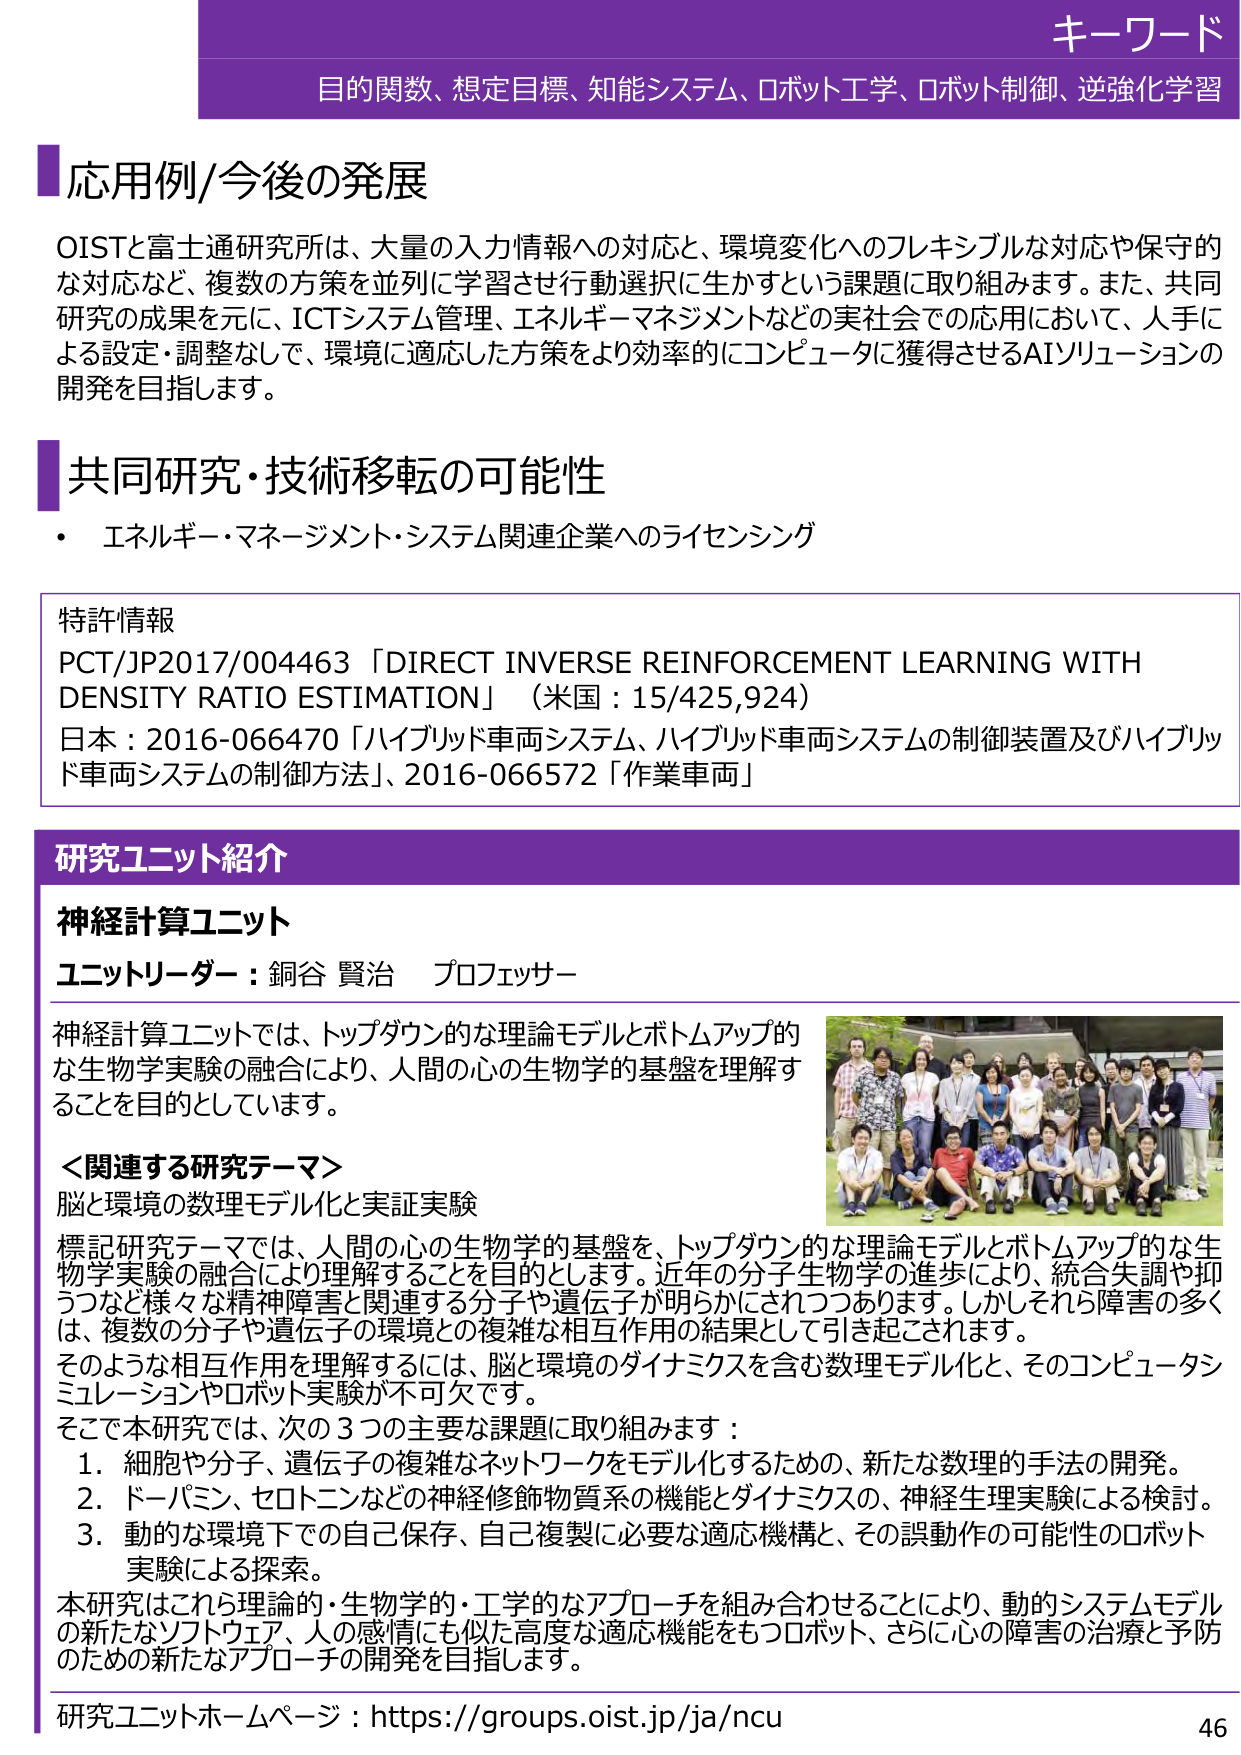
キーワード
目的関数、想定目標、知能システム、ロボット工学、ロボット制御、逆強化学習

応用例/今後の発展
OISTと富士通研究所は、大量の入力情報への対応と、環境変化へのフレキシブルな対応や保守的な対応など、複数の方策を並列に学習させ行動選択に生かすという課題に取り組みます。また、共同研究の成果を元に、ICTシステム管理、エネルギーマネジメントなどの実社会での応用において、人手による設定・調整なしで、環境に適応した方策をより効率的にコンピュータに獲得させるAIソリューションの開発を目指します。

共同研究・技術移転の可能性
・ エネルギー・マネジメント・システム関連企業へのライセンシング

特許情報
PCT/JP2017/004463 「DIRECT INVERSE REINFORCEMENT LEARNING WITH DENSITY RATIO ESTIMATION」（米国：15/425,924）
日本：2016-066470 「ハイブリッド車両システム、ハイブリッド車両システムの制御装置及びハイブリッド車両システムの制御方法」、2016-066572 「作業車両」

研究ユニット紹介
神経計算ユニット
ユニットリーダー：銅谷 賢治 プロフェッサー

神経計算ユニットでは、トップダウン的な理論モデルとボトムアップ的な生物学実験の融合により、人間の心の生物学的基盤を理解することを目的としています。

＜関連する研究テーマ＞
脳と環境の数理モデル化と実証実験

標記研究テーマでは、人間の心の生物学的基盤を、トップダウン的な理論モデルとボトムアップ的な生物学実験の融合により理解することを目的とします。近年の分子生物学の進歩により、統合失調や抑うつなど様々な精神障害と関連する分子や遺伝子が明らかにされつつあります。しかしそれら障害の多くは、複数の分子や遺伝子の環境との複雑な相互作用の結果として引き起こされます。
そのような相互作用を理解するには、脳と環境のダイナミクスを含む数理モデル化と、そのコンピュータシミュレーションやロボット実験が不可欠です。
そこで本研究では、次の3つの主要な課題に取り組みます：
1. 細胞や分子、遺伝子の複雑なネットワークをモデル化するための、新たな数理的手法の開発。
2. ドーパミン、セロトニンなどの神経修飾物質系の機能とダイナミクスの、神経生理実験による検討。
3. 動的な環境下での自己保存、自己複製に必要な適応機構と、その誤動作の可能性のロボット実験による探索。

本研究はこれら理論的・生物学的・工学的なアプローチを組み合わせることにより、動的システムモデルの新たなソフトウェア、人の感情にも似た高度な適応機能をもつロボット、さらに心の障害の治療と予防のための新たなアプローチの開発を目指します。

研究ユニットホームページ：https://groups.oist.jp/ja/ncu
46